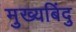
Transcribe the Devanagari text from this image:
मुख्यबिंदु